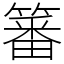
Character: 䉒